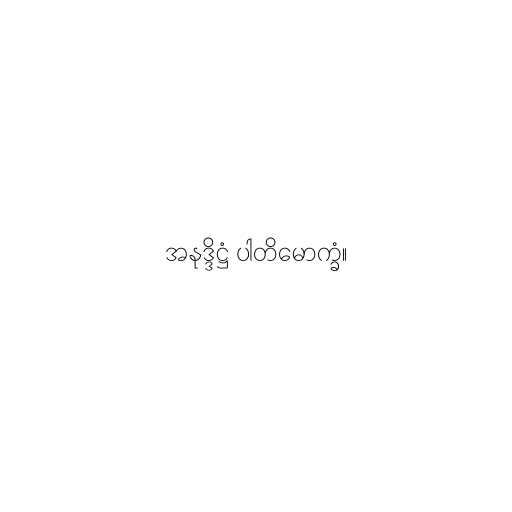
အနုဒ္ဒိဋ္ဌံ ပါတိမောက္ခံ။